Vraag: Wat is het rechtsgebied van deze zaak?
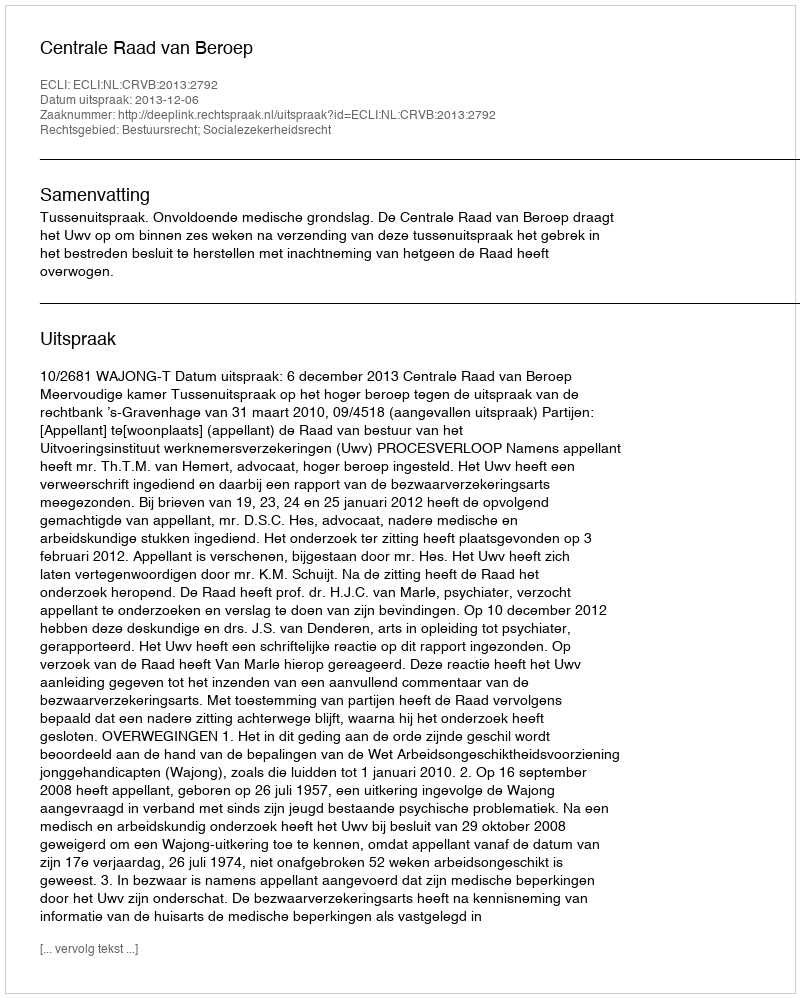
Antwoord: Bestuursrecht; Socialezekerheidsrecht